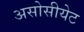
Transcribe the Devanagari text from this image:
असोसीयेट